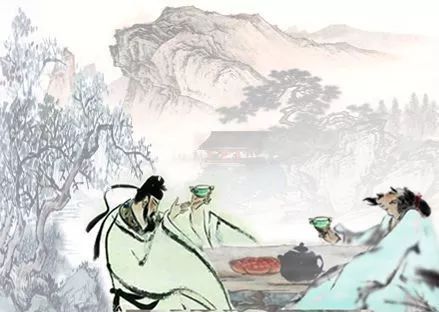
相见时难别亦难，东风无力百花残。